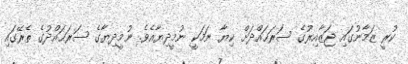
ކުރީ ޒަމާނުގައި ޖަޒާއިރުގެ ސަރަޙައްދަށް ކިޔާ ނަމަކީ ނުމީދިޔާއެވެ. ނުމީދިޔާގެ ސަރަޙައްދުގެ ތެރޭގައި